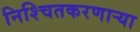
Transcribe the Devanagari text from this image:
निश्चितकरणाऱ्या